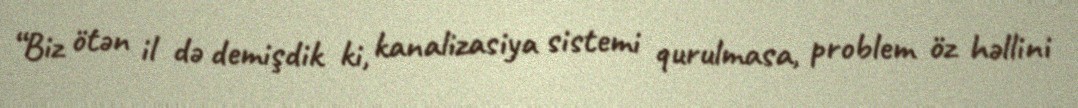
“Biz ötən il də demişdik ki, kanalizasiya sistemi qurulmasa, problem öz həllini